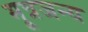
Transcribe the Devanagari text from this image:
मूत्रजन्य